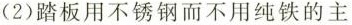
(2)踏板用不锈钢而不用纯铁的主